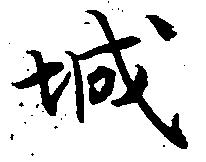
城